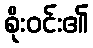
စိုးဝင်း၏